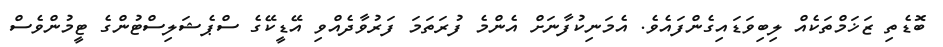
ބޮޑެތި ޒަޚަމްތަކެއް ލިބިވަޑައިގެންފައެވެ. އެމަނިކުފާނަށް އެންމެ ފުރަތަމަ ފަރުވާދެއްވި އޭޑީކޭގެ ސްޕެޝަލިސްޓުންގެ ޓީމުންވެސް